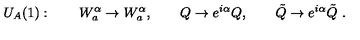
U _ { A } ( 1 ) : \qquad W _ { a } ^ { \alpha } \rightarrow W _ { a } ^ { \alpha } , \qquad Q \rightarrow e ^ { i \alpha } Q , \qquad \tilde { Q } \rightarrow e ^ { i \alpha } \tilde { Q } \ .